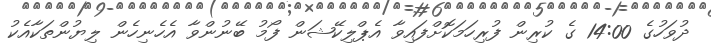
ދުވަހުގެ 14:00 ގެ ކުރިން ފުރިހަމަކޮށްފައިވާ އެޕްލިކޭޝަން ފޯމު ބޭނުންވާ އެހެނިހެން ލިޔުންތަކާއެކު